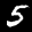
Label: 5